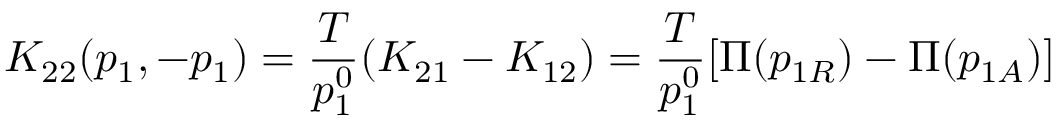
K _ { 2 2 } ( p _ { 1 } , - p _ { 1 } ) = { \frac { T } { p _ { 1 } ^ { 0 } } } ( K _ { 2 1 } - K _ { 1 2 } ) = { \frac { T } { p _ { 1 } ^ { 0 } } } [ \Pi ( p _ { 1 R } ) - \Pi ( p _ { 1 A } ) ]